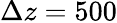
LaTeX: \Delta z=500